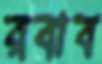
রবাব